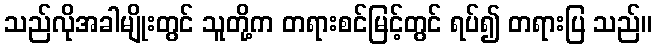
သည်လိုအခါမျိုးတွင် သူတို့က တရားစင်မြင့်တွင် ရပ်၍ တရားပြ သည်။